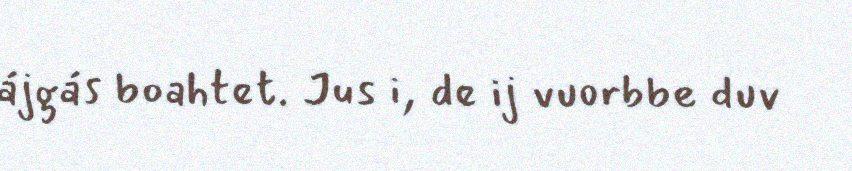
ájgás boahtet. Jus i, de ij vuorbbe duv